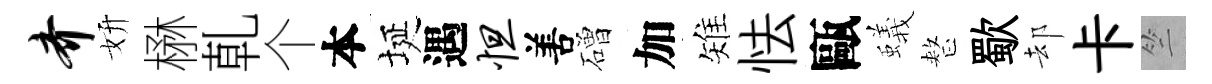
齐妍楙乹个本埏遇怛𠵊磳加雉怯甌蟻整歜却卡竺